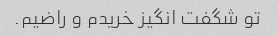
تو شگفت انگیز خریدم و راضیم.